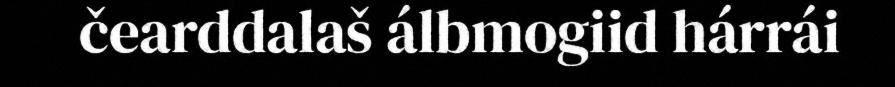
čearddalaš álbmogiid hárrái